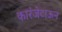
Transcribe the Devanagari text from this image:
कारंजेटाऊन